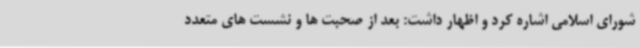
شورای اسلامی اشاره کرد و اظهار داشت: بعد از صحبت ها و نشست های متعدد